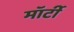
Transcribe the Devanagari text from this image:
मॉर्टी